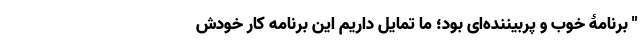
" برنامۀ خوب و پربیننده‌ای بود؛ ما تمایل داریم این برنامه کار خودش